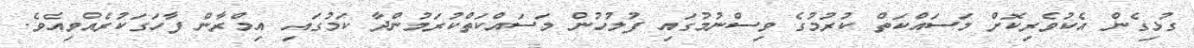
ގުޅިގެން އެކުވެރިކޮށް މަސައްކަތް ކުރުމުގެ ވިސްނުމުގައި ފުލުހުން މަސައްކަތްކުރަމުންދާ ކަމުގައި އިމްރާން ފާހަގަކުރެއްވިއެވެ.